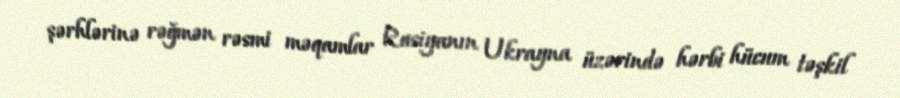
şərhlərinə rəğmən rəsmi məqamlar Rusiyanın Ukrayna üzərində hərbi hücum təşkil